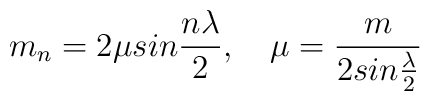
m_{n}=2\mu sin\frac{n\lambda }{2},\quad \mu =\frac{m}{2sin\frac{\lambda }{2}}